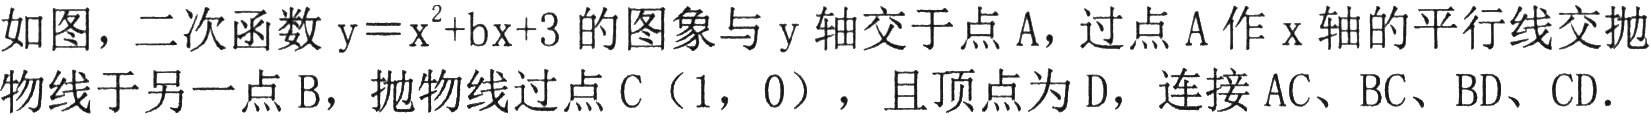
如图，二次函数\(y = x^{2}+bx + 3\)的图象与\(y\)轴交于点\(A\)，过点\(A\)作\(x\)轴的平行线交抛物线于另一点\(B\)，抛物线过点\(C（1,0）\)，且顶点为\(D\)，连接\(AC\)、\(BC\)、\(BD\)、\(CD\).